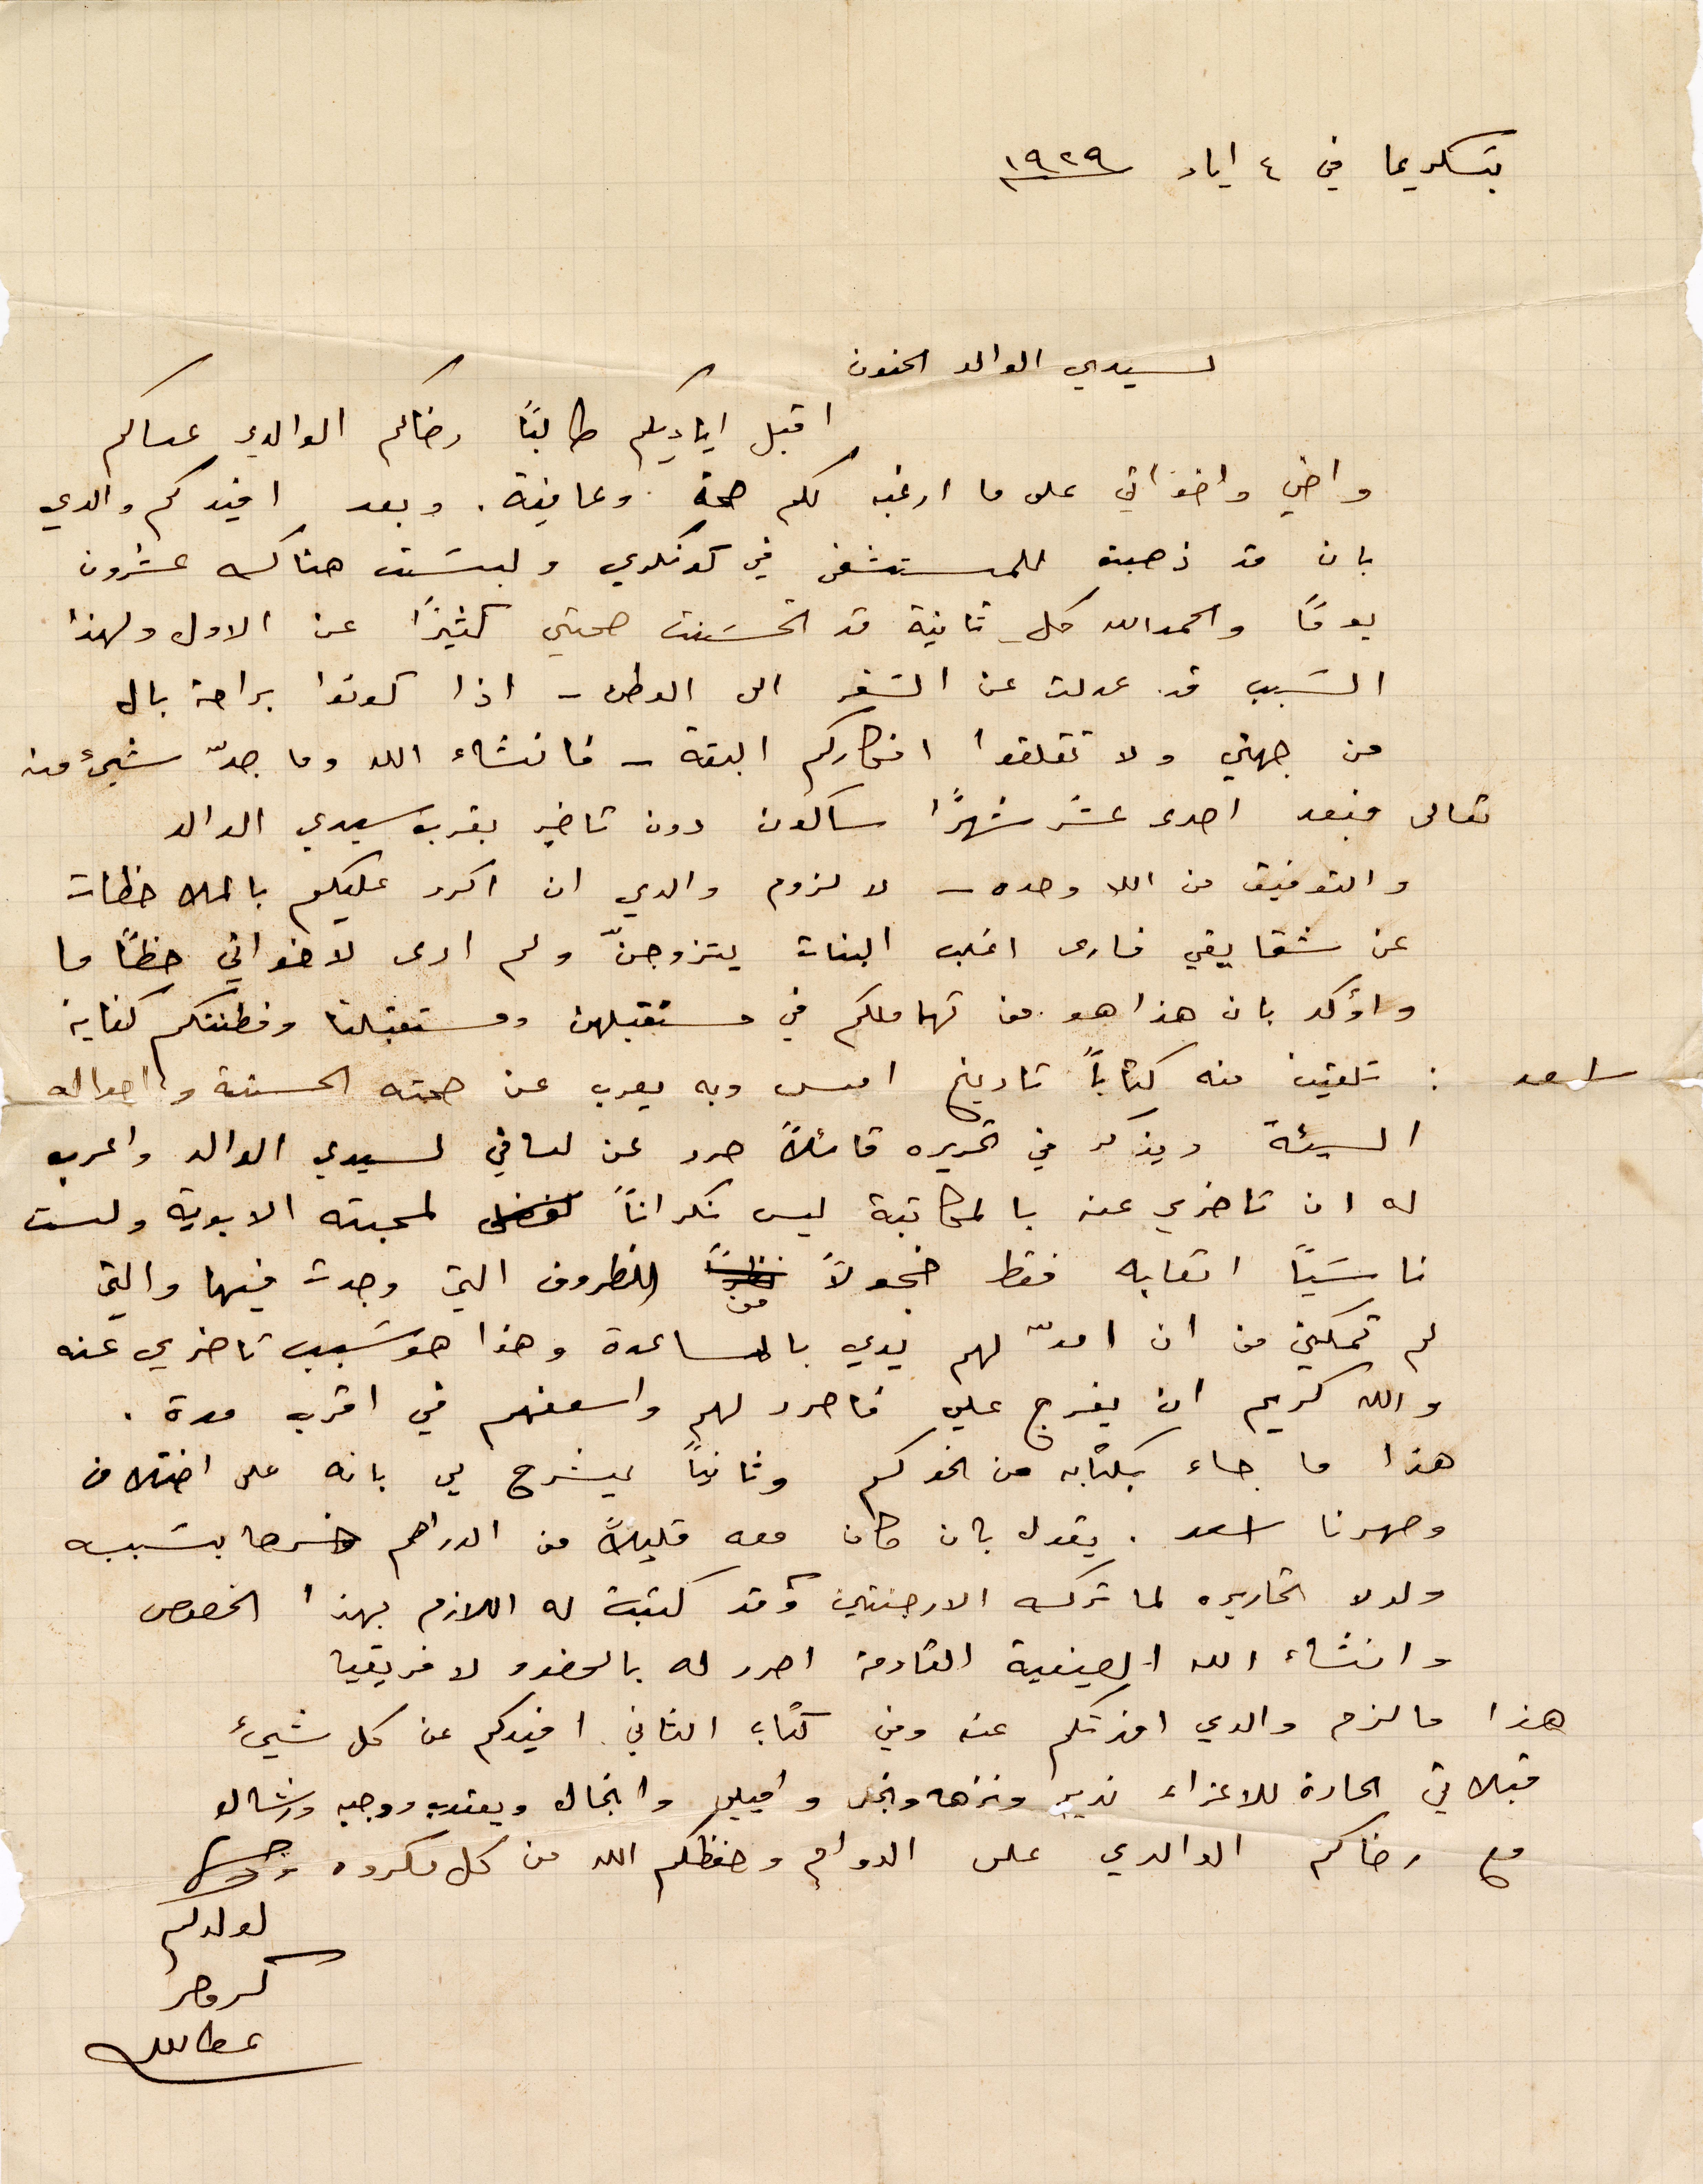
بتسكريما في ٤ أيار ١۹٢۹
سيدي الوالد الحنون
اقبل اياديكم طالبًا رضاكم الوالدي عساكم
واخي واخواتي على ما ارغب لكم صحة وعافية. وبعد افيدكم والدي
بان قد ذهبت للمستشفى في كونكري ولبست هناك عشرون
يومًا والحمدالله كل ثانية قد تحسنت صحتي كثيرًأ عن الأول ولهذا
السبب قد عدلت عن السفر الى الوطن - اذا كونوا براحة بال
من جهتي ولا تقلقوا افكاركم البتة - فانشاء الله وما جدّ شيء منه
تعالى فبعد احدى عشر شهرًأ ساكون دون تأخير بقرب سيدي الوالد
التوفيق من الله وحده - لا لزوم والدي ان اكرر عليكم بالملاحظات
عن شقاقي فارى اغلب البنات يتزوّجن ولم أرى لاخواني حظًا ما
وأؤكد بان هذا هو من تهاملكم في مستقبلهن ومستقبلنا وفطنتكم كافية
تلقيت منه كتابًا تاريخ امس وبع يعرب عن صحته الحسنة واحواله
السيئة ويذكر في تحريره قائلًا حرد عن لساني لسيدي الوالد واعرب
له عن تاخري عنه بالمكاتبة ليس نكرانًا لمحبته الابوية ولست
ناسيًا اتعابه فقط خجولًا من الظروف التي وجت فيها والتي
لم تمكني من ان امدّ لهم يدي بالمساعدة وهذا هو سبب تاخري عنه
والله كريم ان يفرج على فاحدد لهم واسعفهم في اقرب مدة.
هذا ما جاء بكتابه من اخوكم وثانيًا ليشرح لي بانه على اختلاف
وصهرنا اسعد. يقول بان كان معه قليلًا من الدراهم خسرها بسبب
ولده تحاريره لما ترك الارجنتين وقد كتب له اللازم بهذا الخصوص
وانشاء الله العينية القادمة احرر له بالحضور لافريقيا
هذا ما لزم والدي افدتكم عنه وفي كتاب الثاني افيدكم عن كل شيء
قبلاتي الحارة للاعزاء نديرا ونزهة وانجي واميلي وانجال ويعقوب ووجيه ورشال
مع رضاكم الوالدي على الدوام وحفظكم الله من كل مكروه. وصل
كرمصر